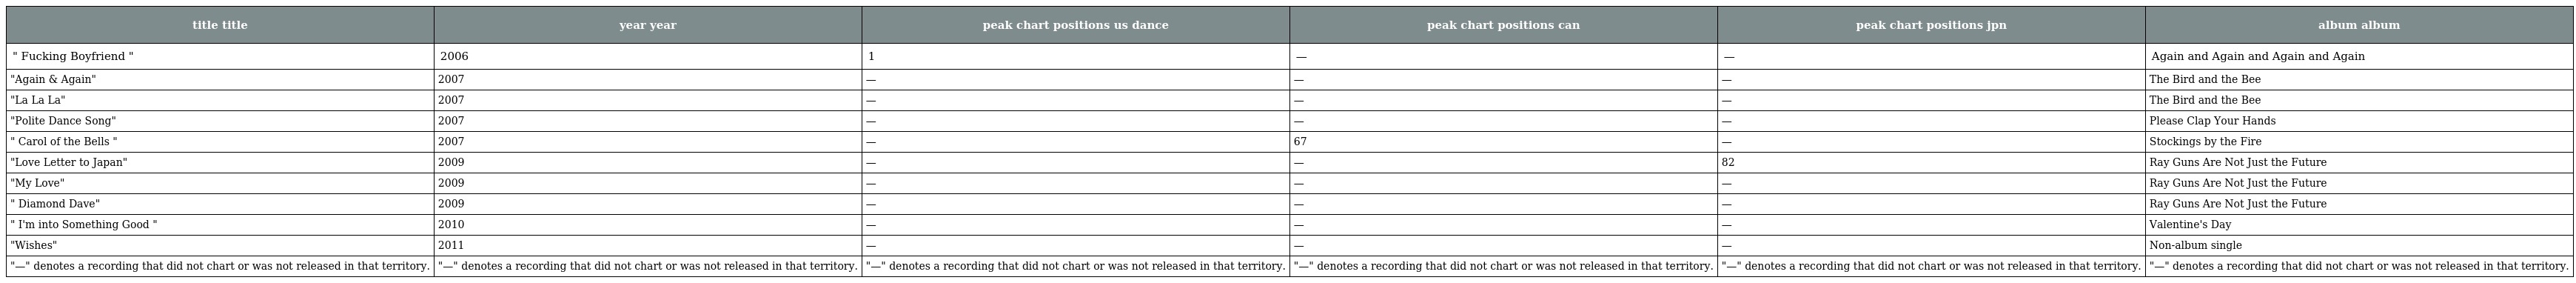
| title title | year year | peak chart positions us dance | peak chart positions can | peak chart positions jpn | album album |
 | --- | --- | --- | --- | --- | --- |
 | " Fucking Boyfriend " | 2006 | 1 | — | — | Again and Again and Again and Again |
 | "Again & Again" | 2007 | — | — | — | The Bird and the Bee |
 | "La La La" | 2007 | — | — | — | The Bird and the Bee |
 | "Polite Dance Song" | 2007 | — | — | — | Please Clap Your Hands |
 | " Carol of the Bells " | 2007 | — | 67 | — | Stockings by the Fire |
 | "Love Letter to Japan" | 2009 | — | — | 82 | Ray Guns Are Not Just the Future |
 | "My Love" | 2009 | — | — | — | Ray Guns Are Not Just the Future |
 | " Diamond Dave" | 2009 | — | — | — | Ray Guns Are Not Just the Future |
 | " I'm into Something Good " | 2010 | — | — | — | Valentine's Day |
 | "Wishes" | 2011 | — | — | — | Non-album single |
 | "—" denotes a recording that did not chart or was not released in that territory. | "—" denotes a recording that did not chart or was not released in that territory. | "—" denotes a recording that did not chart or was not released in that territory. | "—" denotes a recording that did not chart or was not released in that territory. | "—" denotes a recording that did not chart or was not released in that territory. | "—" denotes a recording that did not chart or was not released in that territory. |